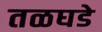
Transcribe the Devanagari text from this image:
तळघडे